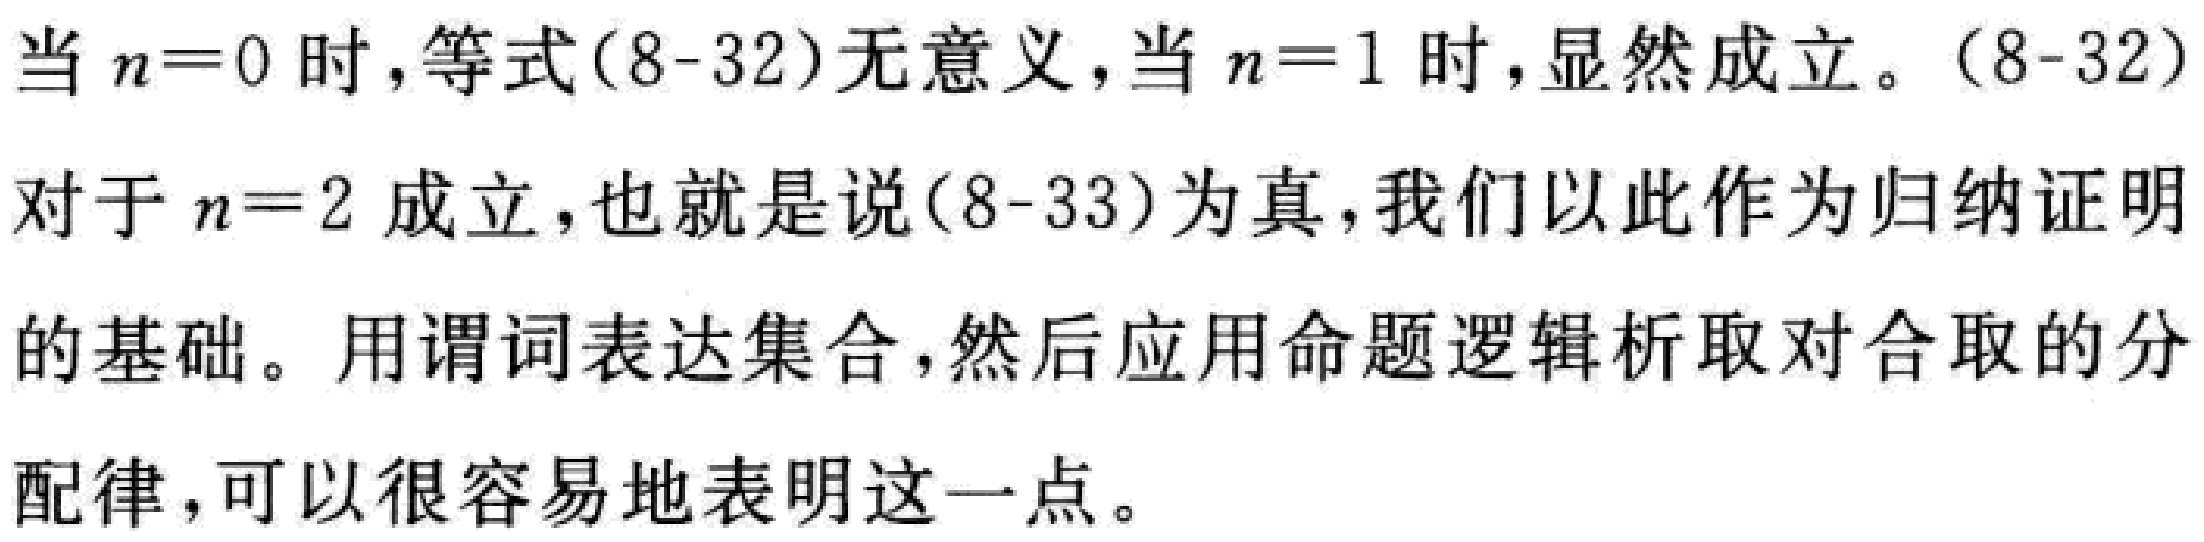
当 \(n = 0\) 时，等式(8-32)无意义，当 \(n = 1\) 时，显然成立。(8-32)

对于 \(n = 2\) 成立，也就是说(8-33)为真，我们以此作为归纳证明

的基础。用谓词表达集合，然后应用命题逻辑析取对合取的分

配律，可以很容易地表明这一点。